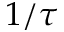
1 / \tau